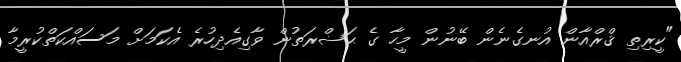
"ކީރިތި ޤްރްއާން އުނގެނެން ބޭނުން މީހާ ގެ ޙަޟްރަތުން ވާގިއެދިހުރެ އެކަމަށް މަސައްކަތްކުރީމާ